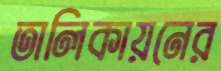
তালিকায়নের